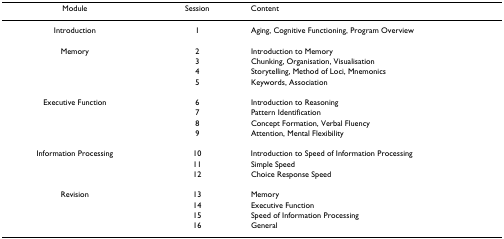
<table><thead><tr><td><b>Module</b></td><td><b>Session</b></td><td><b>Content</b></td></tr></thead><tbody><tr><td>Introduction</td><td>1</td><td>Aging, Cognitive Functioning, Program Overview</td></tr><tr><td>Memory</td><td>2</td><td>Introduction to Memory</td></tr><tr><td></td><td>3</td><td>Chunking, Organisation, Visualisation</td></tr><tr><td></td><td>4</td><td>Storytelling, Method of Loci, Mnemonics</td></tr><tr><td></td><td>5</td><td>Keywords, Association</td></tr><tr><td>Executive Function</td><td>6</td><td>Introduction to Reasoning</td></tr><tr><td></td><td>7</td><td>Pattern Identification</td></tr><tr><td></td><td>8</td><td>Concept Formation, Verbal Fluency</td></tr><tr><td></td><td>9</td><td>Attention, Mental Flexibility</td></tr><tr><td>Information Processing</td><td>10</td><td>Introduction to Speed of Information Processing</td></tr><tr><td></td><td>11</td><td>Simple Speed</td></tr><tr><td></td><td>12</td><td>Choice Response Speed</td></tr><tr><td>Revision</td><td>13</td><td>Memory</td></tr><tr><td></td><td>14</td><td>Executive Function</td></tr><tr><td></td><td>15</td><td>Speed of Information Processing</td></tr><tr><td></td><td>16</td><td>General</td></tr></tbody></table>